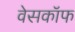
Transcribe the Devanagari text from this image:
वेसकॉफ